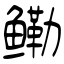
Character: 鳓